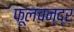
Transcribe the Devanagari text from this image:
फूलचन्द्र